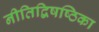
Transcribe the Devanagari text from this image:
नीतिद्विषष्ठिका